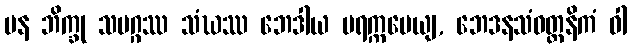
ပန ဘိက္ခု သမဂ္ဂဿ သံဃဿ ဘေဒါယ ပရက္ကမေယျ, ဘေဒနသံဝတ္တနိကံ ဝါ